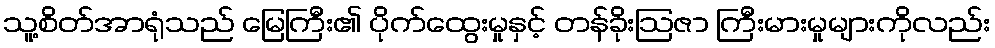
သူ့စိတ်အာရုံသည် မြေကြီး၏ ပိုက်ထွေးမှုနှင့် တန်ခိုးဩဇာ ကြီးမားမှုများကိုလည်း